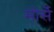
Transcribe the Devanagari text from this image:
मोर्से